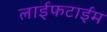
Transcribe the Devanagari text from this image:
लाईफटाईम